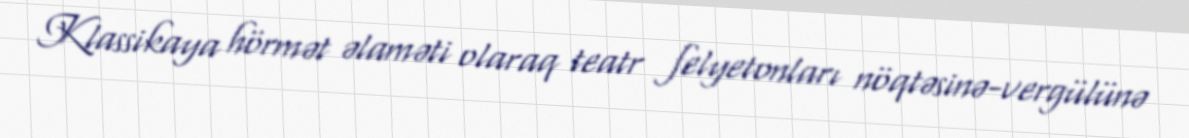
Klassikaya hörmət əlaməti olaraq teatr felyetonları nöqtəsinə-vergülünə